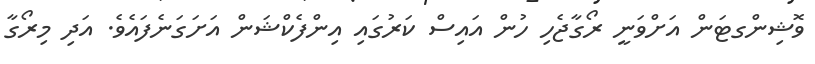
ވޮޝިންގޓަން އަށްވަނީ ރޯގާޖެހި ހުން އައިސް ކަރުގައި އިންފެކްޝަން އަށަގަނެފައެވެ. އަދި މިރޯގާ